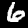
Digit: 6